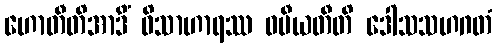
ဟောတီတိအာဒိံ ဝိသာဟာရဿ ဝပီယတီတိ ဒေါသသဟဂတံ